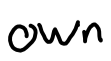
Text: own
Cross-out: clean
Writing tool: digital_black